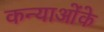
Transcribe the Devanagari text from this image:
कन्याओंके